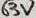
Text: 63V